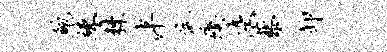
鲍竦棘泮伉瘼灰藜卸